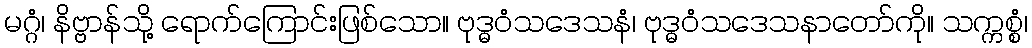
မဂ္ဂံ၊ နိဗ္ဗာန်သို့ ရောက်ကြောင်းဖြစ်သော။ ဗုဒ္ဓဝံသဒေသနံ၊ ဗုဒ္ဓဝံသဒေသနာတော်ကို။ သက္ကစ္စံ၊